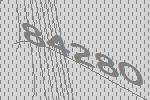
84280